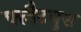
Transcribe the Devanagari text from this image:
फ्लैटबुश